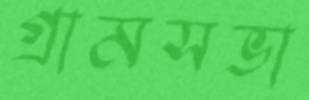
গ্রামসভা